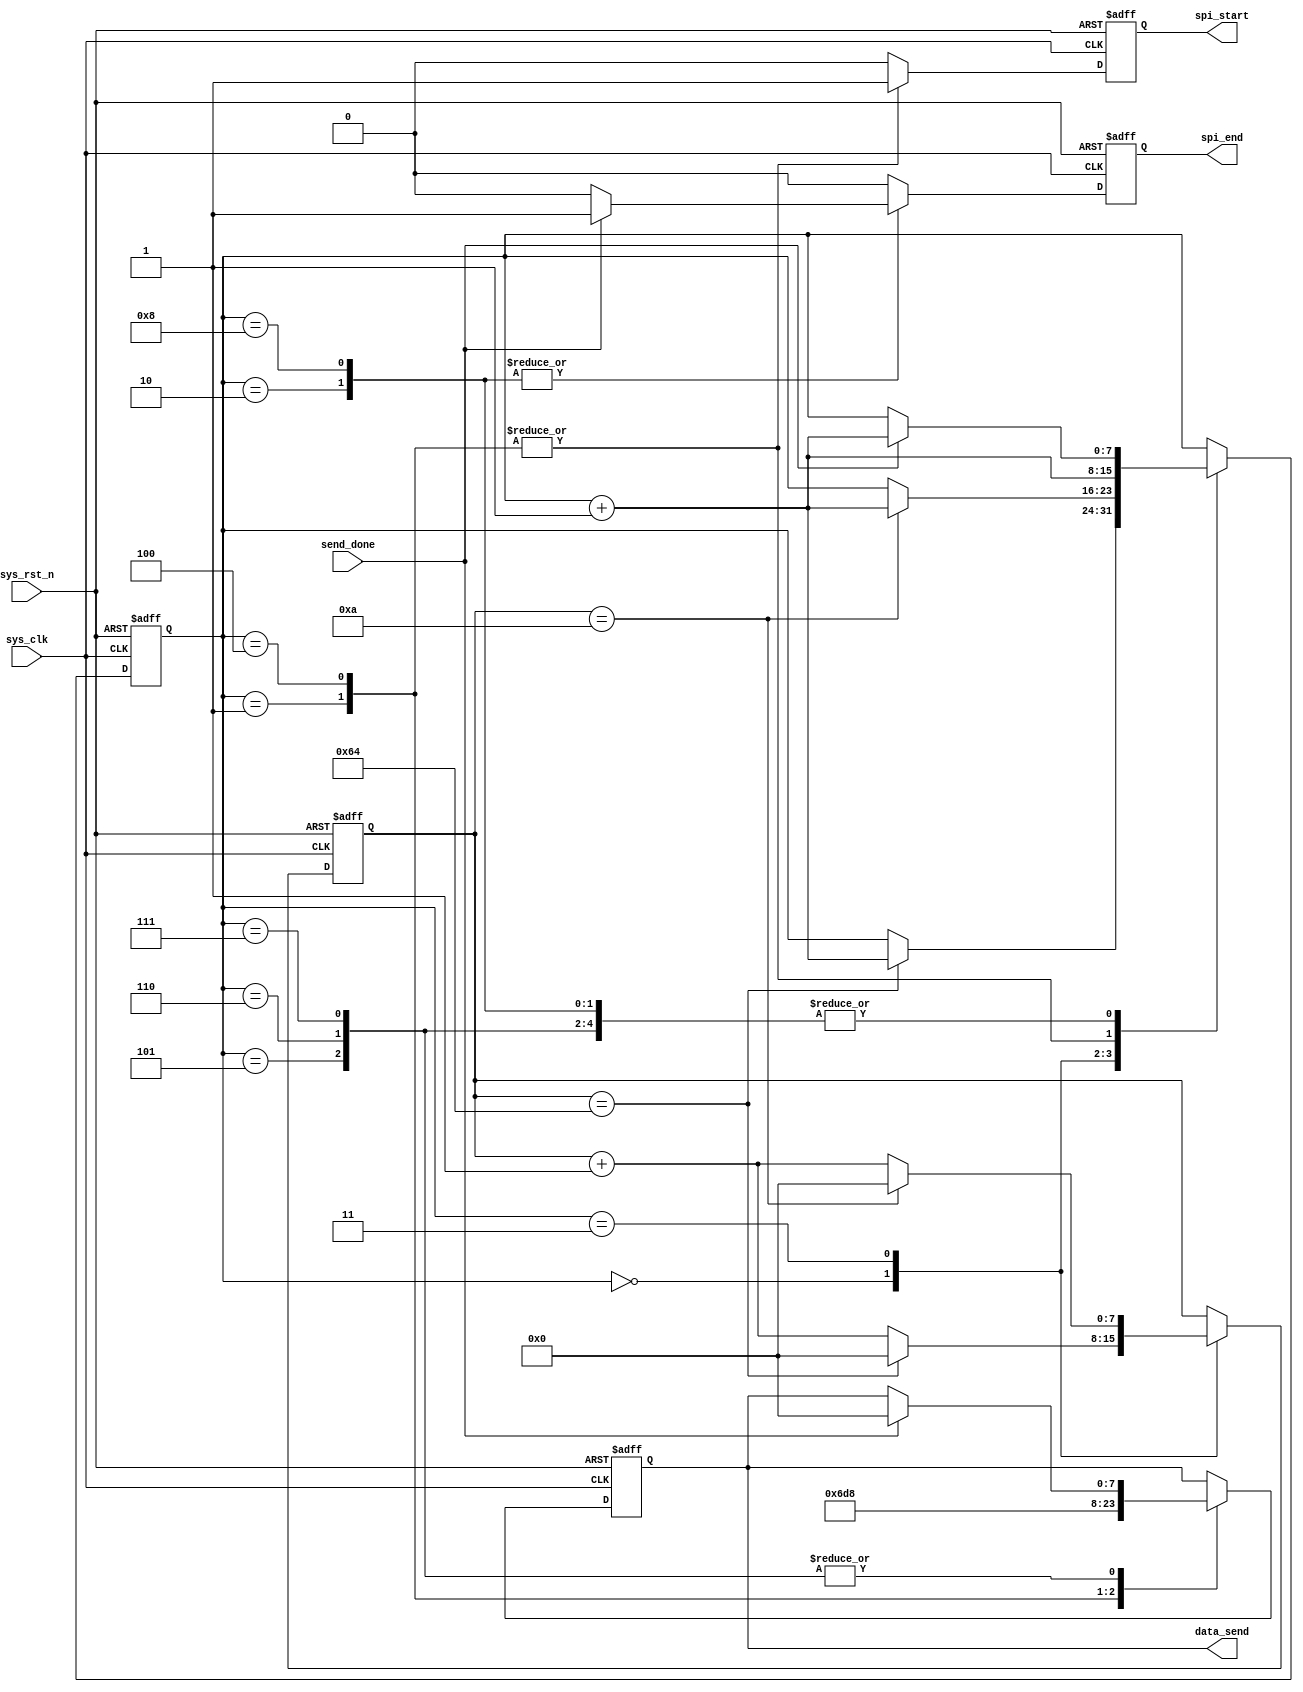
//SPI
`timescale 1ns/1ns		///
module spi_sector_erase_ctrl
#(
	parameter 	SECTOR_ADDR = 8'b0000_0000, 		//
	parameter	PAGE_ADDR   = 8'b0000_0000,			//
	parameter	BYTE_ADDR   = 8'b0000_0000			//
)
(
    input               sys_clk		, 				// 50MHz
    input               sys_rst_n	, 				// 
		
    input  		        send_done	, 				// 
    output  reg         spi_start	,				// 
    output  reg        	spi_end		,				// 
    output  reg  [7:0]  data_send    				//          
);

//
localparam 	WR_EN 		 = 8'b0000_0110, 			//	
			SECTOR_ERASE = 8'b1101_1000;			//
				
//reg define		
reg	[7:0]	flow_cnt;								//
reg	[7:0]	cnt_wait;								//

always@(posedge sys_clk or negedge sys_rst_n)begin
	if(!sys_rst_n)begin
		data_send <= 8'd0;
		spi_start <= 1'b0;	
		spi_end <= 1'b0;	
		flow_cnt <= 1'd0;
		cnt_wait <= 8'd0;
	end
	else begin
		spi_start <= 1'b0;							//
		spi_end <= 1'b0;                            //
		case(flow_cnt)
			'd0:begin
				if(cnt_wait == 100)begin			//
					cnt_wait <= 8'd0;
					flow_cnt <= flow_cnt + 1'd1;
				end
				else begin
					cnt_wait <= cnt_wait + 1'd1;
					flow_cnt <= flow_cnt;								
				end
			end
			'd1:begin									
				data_send <= WR_EN;					//
				spi_start <= 1'b1;					//spi
				flow_cnt <= flow_cnt + 1'd1;
			end
			'd2:begin
				if(send_done)begin					//
					flow_cnt <= flow_cnt + 1'd1;
					spi_end <= 1'b1;				//1SPI
				end
				else
					flow_cnt <= flow_cnt;
			end	
			'd3:begin
				if(cnt_wait == 10)begin				//200ns
					cnt_wait <= 8'd0;				//
					flow_cnt <= flow_cnt + 1'd1;
				end
				else begin
					cnt_wait <= cnt_wait + 1'd1;
					flow_cnt <= flow_cnt;								
				end
			end
			'd4:begin									
				data_send <= SECTOR_ERASE;          //
				spi_start <= 1'b1;					//spi
				flow_cnt <= flow_cnt + 1'd1;
			end				
			'd5:begin								//
				if(send_done)begin					//
					flow_cnt <= flow_cnt + 1'd1;
					data_send <= SECTOR_ADDR;		//
				end
				else begin
					flow_cnt <= flow_cnt;
					data_send <= data_send;							
				end
			end	
			'd6:begin								//
				if(send_done)begin					//
					flow_cnt <= flow_cnt + 1'd1;
					data_send <= PAGE_ADDR;			//
				end
				else begin
					flow_cnt <= flow_cnt;
					data_send <= data_send;							
				end
			end	
			'd7:begin								//
				if(send_done)begin					//
					flow_cnt <= flow_cnt + 1'd1;
					data_send <= BYTE_ADDR;			//
				end
				else begin
					flow_cnt <= flow_cnt;
					data_send <= data_send;							
				end
			end				
			'd8:begin
				if(send_done)begin					//
					flow_cnt <= flow_cnt + 1'd1;
					spi_end <= 1'b1;				//1SPI
				end
				else
					flow_cnt <= flow_cnt;
			end					
			'd9:begin								//
					flow_cnt <= flow_cnt;
			end				
			default:;
		endcase
	end
end

endmodule